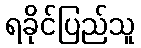
ရခိုင်ပြည်သူ